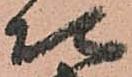
次